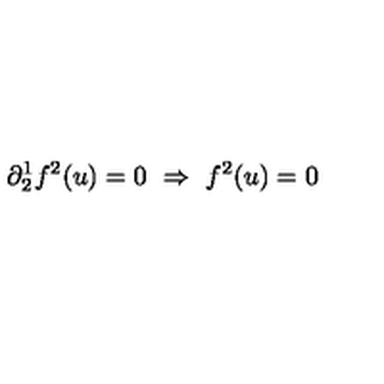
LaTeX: \partial _ { 2 } ^ { 1 } f ^ { 2 } ( u ) = 0 \ \Rightarrow \ f ^ { 2 } ( u ) = 0